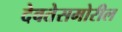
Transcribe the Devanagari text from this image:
देवतेसमोरील